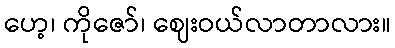
ဟေ့၊ ကိုဇော်၊ ဈေးဝယ်လာတာလား။